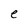
Character: e